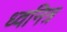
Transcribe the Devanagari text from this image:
ध्वनित्र